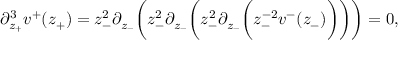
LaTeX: \partial _ { z _ { + } } ^ { 3 } v ^ { + } ( z _ { + } ) = z _ { - } ^ { 2 } \partial _ { z _ { - } } \bigg ( z _ { - } ^ { 2 } \partial _ { z _ { - } } \bigg ( z _ { - } ^ { 2 } \partial _ { z _ { - } } \bigg ( z _ { - } ^ { - 2 } v ^ { - } ( z _ { - } ) \bigg ) \bigg ) \bigg ) = 0 ,